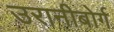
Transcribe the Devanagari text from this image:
उरानीबोर्ग